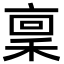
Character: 稟